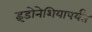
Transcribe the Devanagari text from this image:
इंडोनेशियापर्यंत